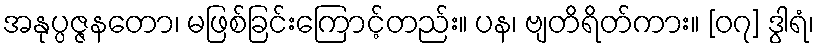
အနုပ္ပဇ္ဇနတော၊ မဖြစ်ခြင်းကြောင့်တည်း။ ပန၊ ဗျတိရိတ်ကား။ [၀၇] ဒွါရံ၊